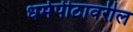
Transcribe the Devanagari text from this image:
धर्मपीठावरील